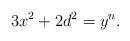
LaTeX: \begin{align*}3x^2 + 2d^2 = y^n.\end{align*}